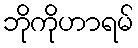
ဘိုကိုဟာရမ်